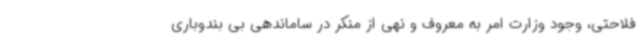
فلاحتی، وجود وزارت امر به معروف و نهی از منکر در ساماندهی بی بندوباری